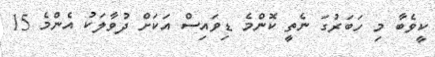
ކީވެބާ މި ހަބަރުގަ ނެތީ ކޮންމެ ޑިވައިސް އަކަށް ދުވާލަކު އެންމެ 15